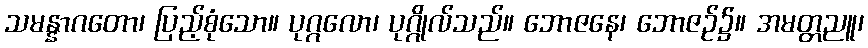
သမန္နာဂတော၊ ပြည့်စုံသော။ ပုဂ္ဂလော၊ ပုဂ္ဂိုလ်သည်။ ဘောဇနေ၊ ဘောဇဉ်၌။ အမတ္တညူ၊